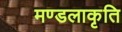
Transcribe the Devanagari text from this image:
मण्डलाकृति